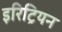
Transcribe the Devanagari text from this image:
इरिट्रियन